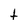
Character: t